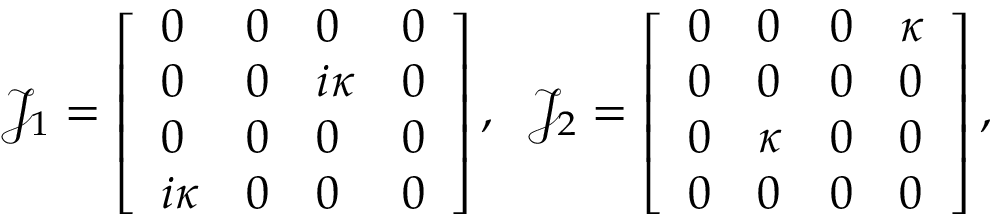
\mathcal { J } _ { 1 } = \left[ \begin{array} { l l l l } { 0 } & { 0 } & { 0 } & { 0 } \\ { 0 } & { 0 } & { i \kappa } & { 0 } \\ { 0 } & { 0 } & { 0 } & { 0 } \\ { i \kappa } & { 0 } & { 0 } & { 0 } \end{array} \right] , \; \; \mathcal { J } _ { 2 } = \left[ \begin{array} { l l l l } { 0 } & { 0 } & { 0 } & { \kappa } \\ { 0 } & { 0 } & { 0 } & { 0 } \\ { 0 } & { \kappa } & { 0 } & { 0 } \\ { 0 } & { 0 } & { 0 } & { 0 } \end{array} \right] ,